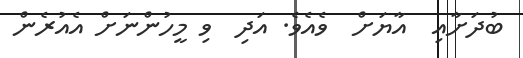
ބުދަށާއި  އާޔަށް  ވެއެވެ. އަދި  ވި މީހުންނަށް އެއުރެން